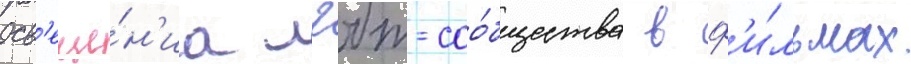
осв'еще́н'иа лгбт-соо́бщества в ф'и́льмах